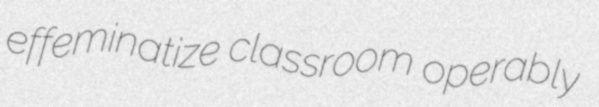
effeminatize classroom operably